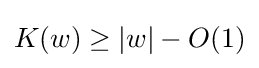
K(w)\geq |w|-O(1)